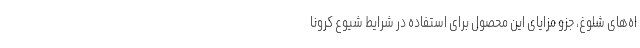
اه‌های شلوغ، جزو مزایای این محصول برای استفاده در شرایط شیوع کرونا